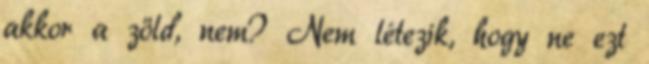
akkor a zöld, nem? Nem létezik, hogy ne ezt